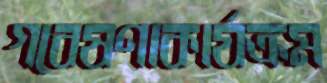
গবেষণাকার্যক্রম